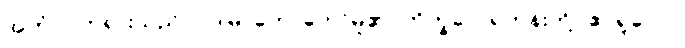
အဟံ၊ ငါဘုရားသည်။ ဝဒါမိ၊ ဟောတော်မူ၏။ ဘိက္ခဝေ၊ ရဟန်းတို့။ ဧဝရူပေါပိ၊